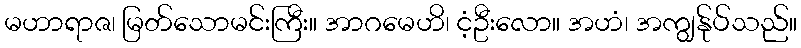
မဟာရာဇ၊ မြတ်သောမင်းကြီး။ အာဂမေဟိ၊ ငံ့ဦးလော။ အဟံ၊ အကျွန်ုပ်သည်။